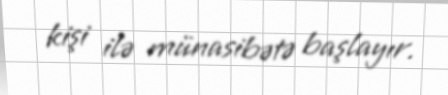
kişi ilə münasibətə başlayır.